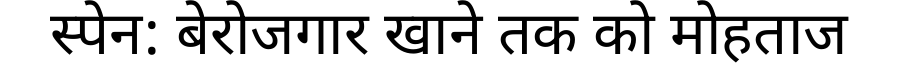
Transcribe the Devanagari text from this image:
स्पेन: बेरोजगार खाने तक को मोहताज